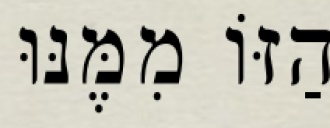
הַזּוֹ מִמֶּנּוּ